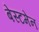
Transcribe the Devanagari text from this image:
बेस्टमेन